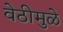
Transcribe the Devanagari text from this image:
वेठीमुळे